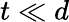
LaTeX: t\ll d